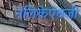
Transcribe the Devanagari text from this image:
नलिकेऐवजी